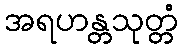
အရဟန္တသုတ္တံ